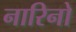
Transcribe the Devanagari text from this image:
नारिनो